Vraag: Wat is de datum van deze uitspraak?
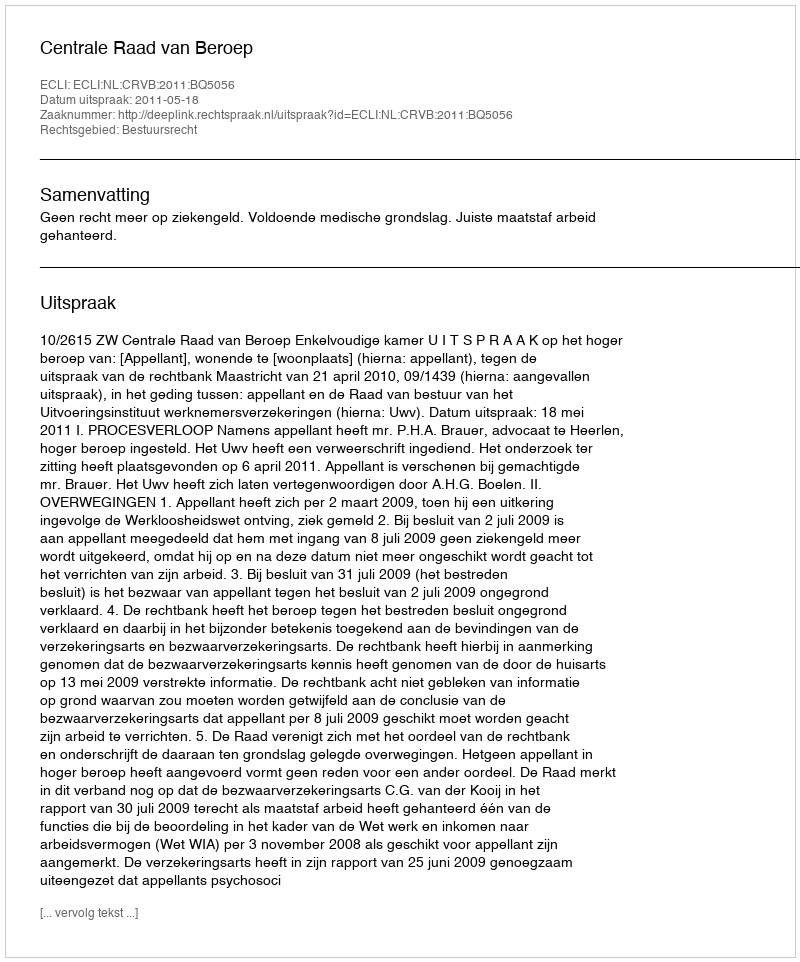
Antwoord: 2011-05-18